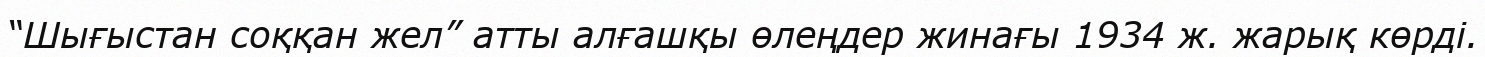
“Шығыстан соққан жел” атты алғашқы өлеңдер жинағы 1934 ж. жарық көрді.